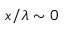
x / \lambda \sim 0